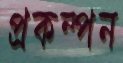
প্রকম্পন